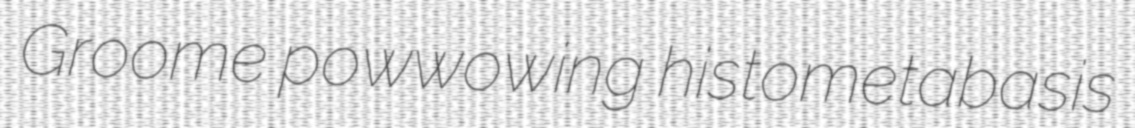
Groome powwowing histometabasis